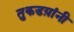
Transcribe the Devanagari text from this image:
तुकडय़ांनी